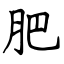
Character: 肥